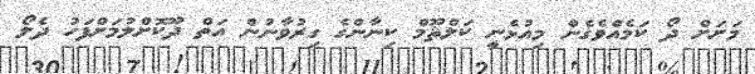
މަށަށް ދޯ ކަމެއްވެގެން މިއުޅެނީ ކަލްޘޫމް ކިނާންގެ ގިރުވާނުން އަތް ދޫކޮށްލުމަށްފަހު ދެލޯ